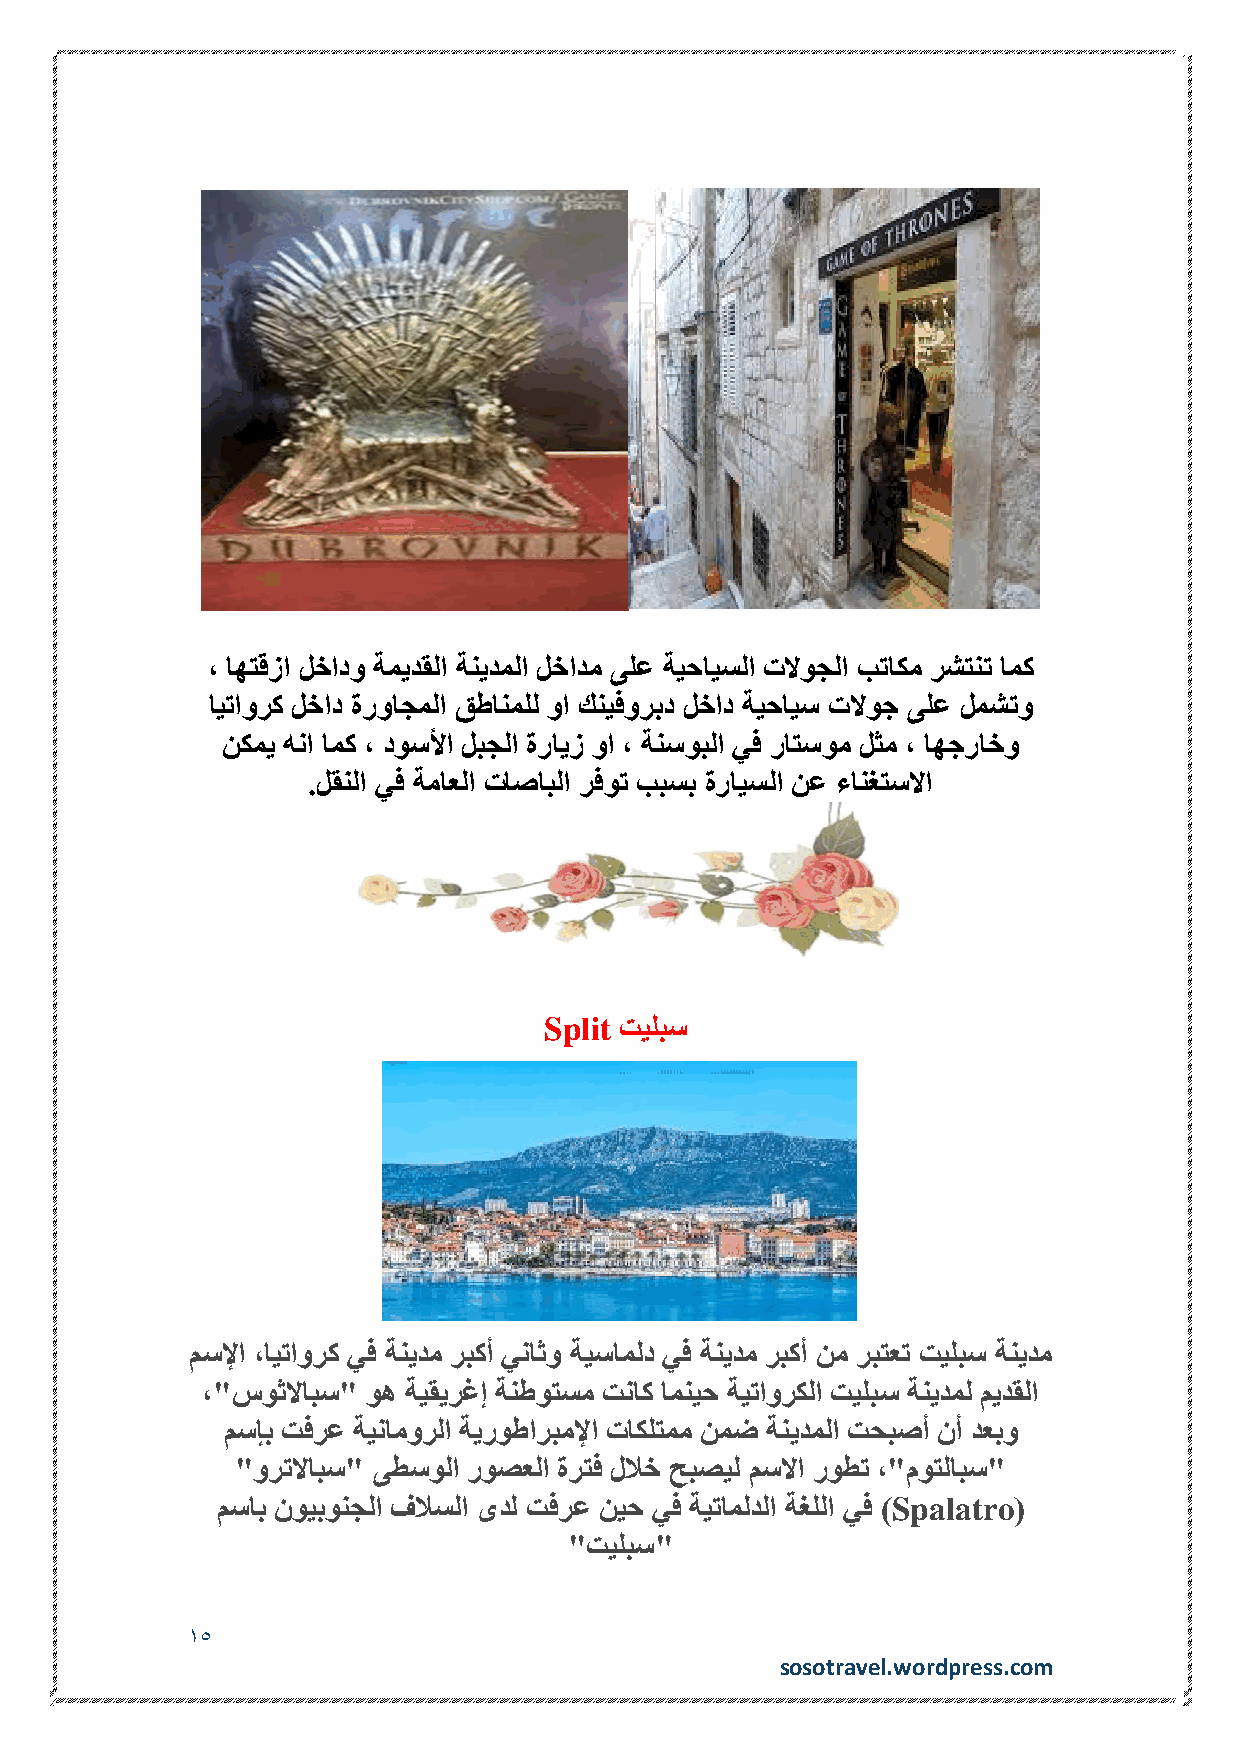
، اهتقزا لخادو ةميدقلا ةنيدملا لخادم ىلع ةيحايسلا تلاوجلا بتاكم رشتنت امك
 ايتاورك لخاد ةرواجملا قطانملل وا كنيفوربد لخاد ةيحايس تلاوج ىلع لمشتو
 نكمي هنا امك ، دوسلأا لبجلا ةرايز وا ، ةنسوبلا يف راتسوم لثم ، اهجراخو
 .لقنلا يف ةماعلا تاصابلا رفوت ببسب ةرايسلا نع ءانغتسلاا
 Split تيلبس
 مسلإا ،ايتاورك يف ةنيدم ربكأ يناثو ةيساملد يف ةنيدم ربكأ نم ربتعت تيلبس ةنيدم
 ،"سوثلاابس" وه ةيقيرغإ ةنطوتسم تناك امنيح ةيتاوركلا تيلبس ةنيدمل ميدقلا
 مسإب تفرع ةينامورلا ةيروطاربملإا تاكلتمم نمض ةنيدملا تحبصأ نأ دعبو
 "ورتلاابس" ىطسولا روصعلا ةرتف للاخ حبصيل مسلاا روطت ،"موتلابس"
 مساب نويبونجلا فلاسلا ىدل تفرع نيح يف ةيتاملدلا ةغللا يف )Spalatro(
 "تيلبس"
 15
 sosotravel.wordpress.com